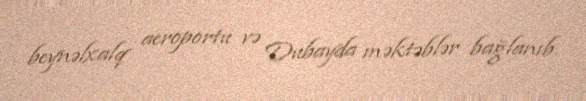
beynəlxalq aeroportu və Dubayda məktəblər bağlanıb.